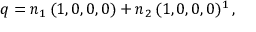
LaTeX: q = n _ { 1 } \, ( 1 , 0 , 0 , 0 ) + n _ { 2 } \, ( 1 , 0 , 0 , 0 ) ^ { 1 } \, ,